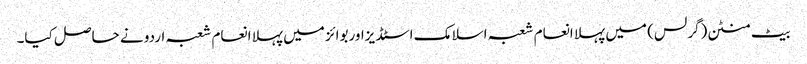
بیٹ منٹن(گرلس) میں پہلا انعام شعبہ اسلامک اسٹڈیزاوربوائز میں پہلا انعام شعبہ اردو نے حاصل کیا۔